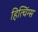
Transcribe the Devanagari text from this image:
हित्चिंग्स